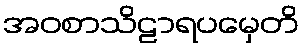
အဝစာသိဠာရပမှေတိ